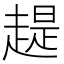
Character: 趧